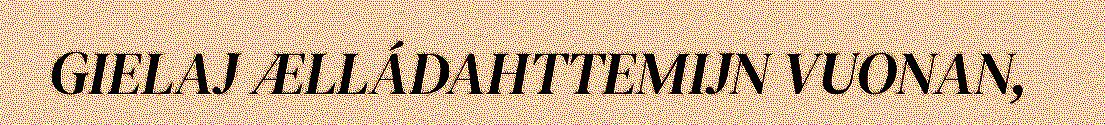
GIELAJ ÆLLÁDAHTTEMIJN VUONAN,